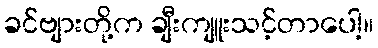
ခင်ဗျားတို့က ချီးကျူးသင့်တာပေါ့။